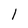
Character: l